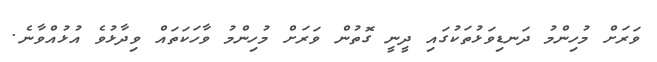
ވަރަށް މުހިންމު ދަނޑިވަޅުތަކުގައި ދީނީ ގޮތުން ވަރަށް މުހިންމު ވާހަކަތައް ވިދާޅުވެ އުޅުއްވާނެ.